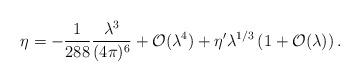
LaTeX: \begin{align*}\eta =-{\frac{1}{288}}{\frac{\lambda ^{3}}{(4\pi )^{6}}}+{\cal O}(\lambda^{4})+\eta ^{\prime }\lambda ^{1/3}\left( 1+{\cal O}(\lambda )\right) .\end{align*}